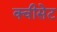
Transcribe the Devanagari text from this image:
क्वीसेट